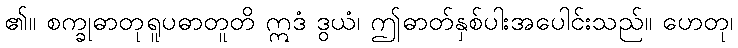
၏။ စက္ခုဓာတုရူပဓာတူတိ ဣဒံ ဒွယံ၊ ဤဓာတ်နှစ်ပါးအပေါင်းသည်။ ဟေတု၊